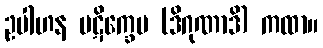
ဥပါဟန ပဋိက္ခေပ (ဒိဂုဏာဒိ) ကထာ။